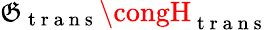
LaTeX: \mathfrak{G}_{\mathrm{{~t~r~a~n~s~}}}\congH_{\mathrm{{~t~r~a~n~s~}}}